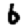
Digit: 6